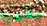
مظهره